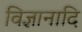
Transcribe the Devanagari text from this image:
विज्ञानादि